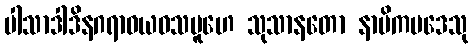
ပါသာဒါဒိနဂရာဝယဝသမူဟေ သုသာနတော နာမိကပဒေသု